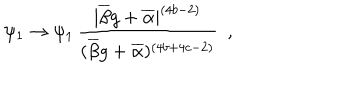
LaTeX: \psi _ { 1 } \rightarrow \psi _ { 1 } \, \frac { | \overline { { { \beta } } } g + \overline { { { \alpha } } } | ^ { ( 4 b - 2 ) } } { ( \overline { { { \beta } } } g + \overline { { { \alpha } } } ) ^ { ( 4 b + 4 c - 2 ) } } ~ ~ ,